Scottish Leaving Certificate Examination, 1952
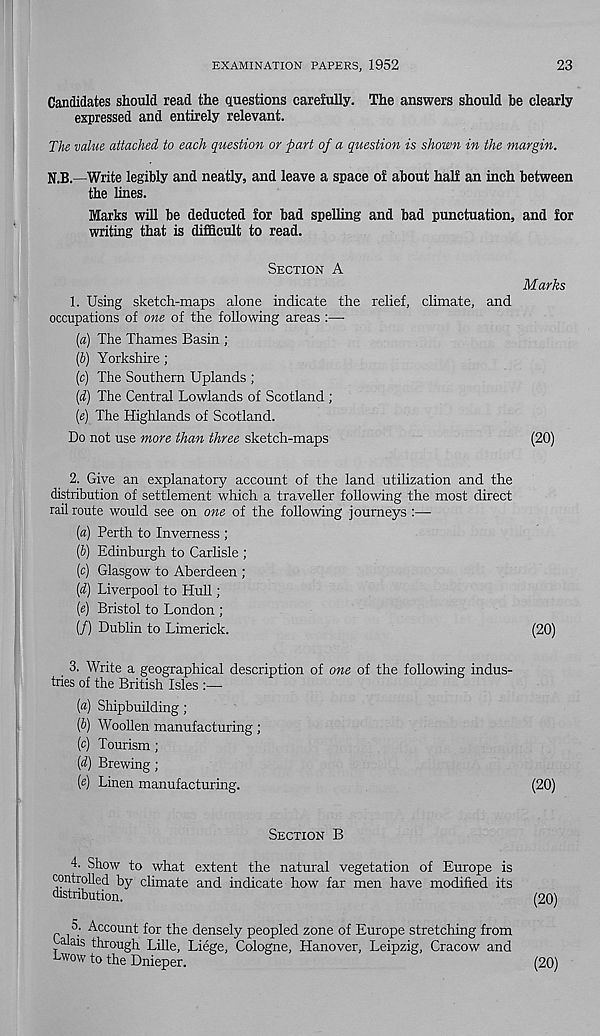
EXAMINATION PAPERS, 1952
23
Candidates should read the questions carefully. The answers should be clearly
expressed and entirely relevant.
The value attached to each question or part of a question is shown in the margin.
N.B.—Write legibly and neatly, and leave a space of about half an inch between
the lines.
Marks will be deducted for bad spelling and bad punctuation, and for
writing that is difficult to read.
SECTION A
1. Using sketch-maps alone indicate the relief, climate, and
occupations of one of the following areas :—
[a)
The Thames Basin ;
(J) Yorkshire ;
(c) The Southern Uplands ;
[d) The Central Lowlands of Scotland ;
(«) The Highlands of Scotland.
Do not use more than three sketch-maps
Marks
(20)
2. Give an explanatory account of the land utilization and the
distribution of settlement which a traveller following the most direct
rail route would see on one of the following journeys :—
[a) Perth to Inverness ;
[h) Edinburgh to Carlisle ;
[c) Glasgow to Aberdeen ;
[d) Liverpool to Hull;
[e) Bristol to London ;
(/) Dublin to Limerick.
(20)
, 3. Write a geographical description of one of the following indus-
tries of the British Isles :—
{a) Shipbuilding;
(b) Woollen manufacturing;
(c) Tourism;
(d) Brewing;
(e) Linen manufacturing.
(20)
SECTION B
4. Show to what extent the natural vegetation of Europe is
controlled by climate and indicate how far men have modified its
distribution.
5. Account for the densely peopled zone of Europe stretching from
alais through Lille, Liege, Cologne, Hanover, Leipzig, Cracow and
Lwow to the Dnieper.
(20)